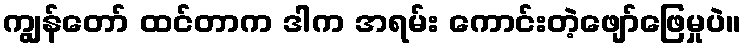
ကျွန်တော် ထင်တာက ဒါက အရမ်း ကောင်းတဲ့ဖျော်ဖြေမှုပဲ။